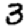
Digit: 3